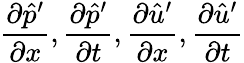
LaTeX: \frac{\partial\hat{p}^{\prime}}{\partial x},\frac{\partial\hat{p}^{\prime}}{\partial t},\frac{\partial\hat{u}^{\prime}}{\partial x},\frac{\partial\hat{u}^{\prime}}{\partial t}